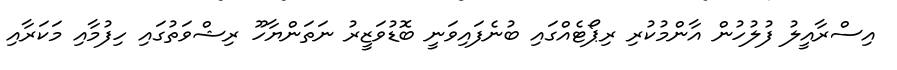
އިސްރާއީލު ފުލުހުން އާންމުކުރި ރިޕޯޓެއްގައި ބުނެފައިވަނީ ބޮޑުވަޒީރު ނަތަންޔާހޫ ރިޝްވަތުގައި ހިފުމާއި މަކަރާއި